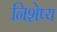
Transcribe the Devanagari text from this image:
निशेष्य